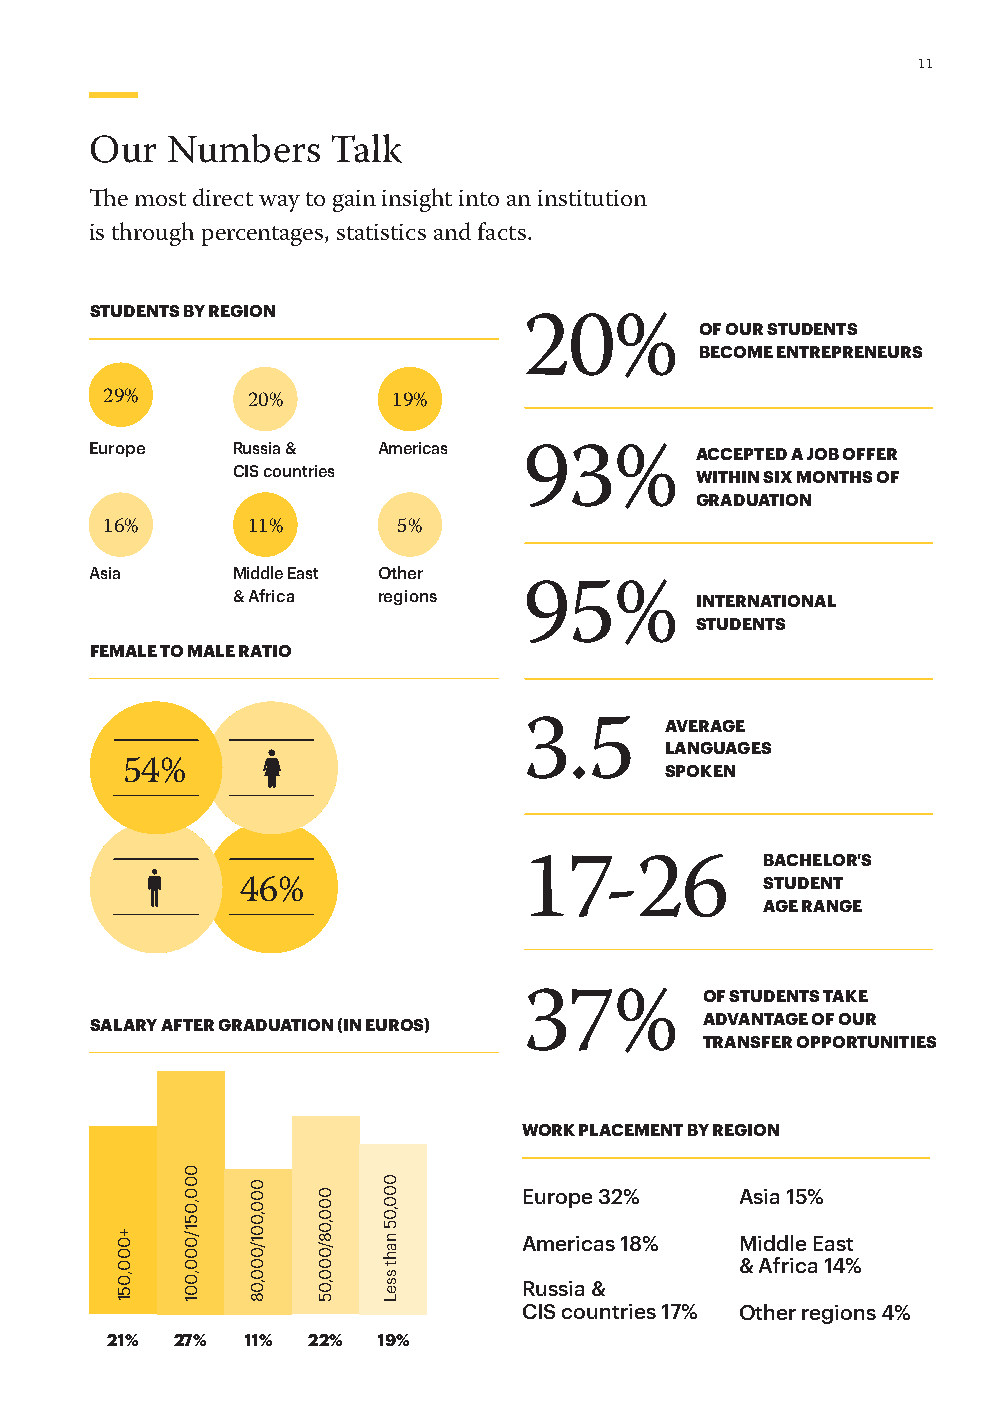
11
 Our  Numbers    Talk
 The most direct way to gain insight into an institution
 is through percentages, statistics and facts.
 STUDENTS BY REGION
 OF OUR STUDENTS
 20%
 BECOME ENTREPRENEURS
 29%      20%       19%
 Europe   Russia &  Americas             ACCEPTED A JOB OFFER
 CIS countries       93%        WITHIN SIX MONTHS OF
 GRADUATION
 16%      11%       5%
 Asia     Middle East Other
 & Africa  regions   95%        INTERNATIONAL
 STUDENTS
 FEMALE TO MALE RATIO
 AVERAGE
 3.5
 LANGUAGES
 54%                                 SPOKEN
 BACHELOR'S
 17-26           STUDENT
 46%
 AGE RANGE
 OF STUDENTS TAKE
 37%
 SALARY AFTER GRADUATION (IN EUROS)       ADVANTAGE OF OUR
 TRANSFER OPPORTUNITIES
 WORK PLACEMENT BY REGION
 Europe 32%    Asia 15%
 Americas 18%  Middle East
 & Africa 14%
 Russia &
 CIS countries 17% Other regions 4%
 21%  27% 11% 22%  19%
 +000,051
 000,051/000,001
 000,001/000,08
 000,08/000,05
 000,05
 naht
 sseL